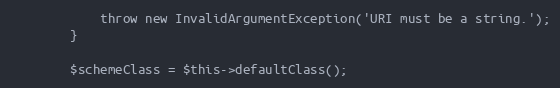
Language: PHP
            throw new InvalidArgumentException('URI must be a string.');
        }

        $schemeClass = $this->defaultClass();